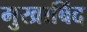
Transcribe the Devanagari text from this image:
मुखाबिंद